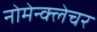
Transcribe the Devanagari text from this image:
नोमेन्क्लेचर